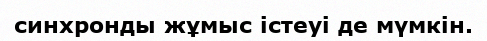
синхронды жұмыс істеуі де мүмкін.